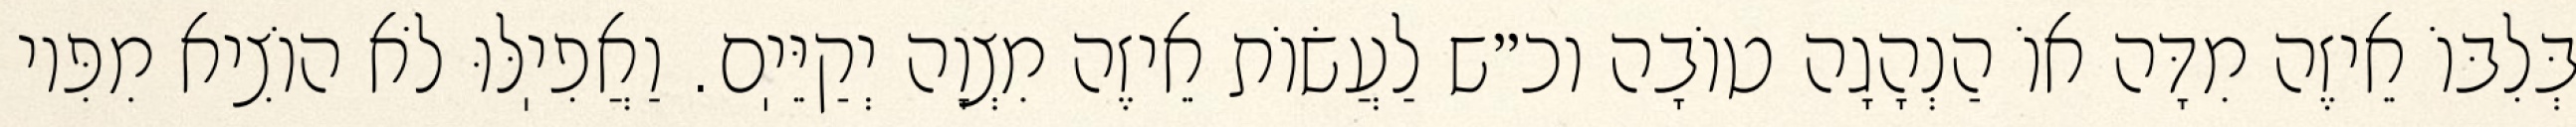
בְּלִבּוֹ אֵיזֶה מִדָּה אוֹ הַנְהָגָה טוֹבָה וכ״ש לַעֲשׂוֹת אֵיזֶה מִצְוָה יְקַיֵּיֽם. וַאֲפִיֽלּוּ לֹא הוֹצִיא מִפִּיו